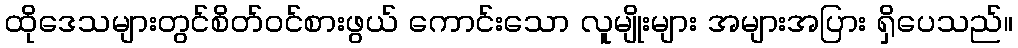
ထိုဒေသများတွင်စိတ်ဝင်စားဖွယ် ကောင်းသော လူမျိုးများ အများအပြား ရှိပေသည်။